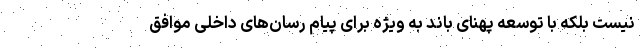
نیست بلکه با توسعه پهنای باند به ویژه برای پیام رسان‌های داخلی موافق